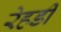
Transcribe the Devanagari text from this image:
रेहडी